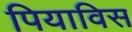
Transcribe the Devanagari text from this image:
पियाविस